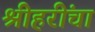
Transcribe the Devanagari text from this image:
श्रीहरींचा